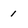
Character: 1